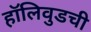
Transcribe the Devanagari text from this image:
हॉलिवुडची